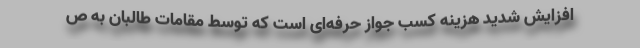
افزایش شدید هزینه کسب جواز حرفه‌ای است که توسط مقامات طالبان به ص